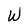
Character: W